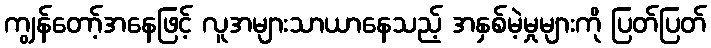
ကျွန်တော့်အနေဖြင့် လူအများသာယာနေသည့် အနှစ်မဲ့မှုများကို ပြတ်ပြတ်